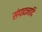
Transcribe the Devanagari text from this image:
संपादनादि